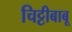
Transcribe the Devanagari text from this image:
चिट्टीबाबू